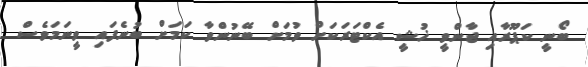
ބޯނީ ކަޕޫރާއި ޖާންވީ ޚުޝީ އެކްޓަރަކަށް ވުމަށް ބޭނުންވާ ކަމަށް ބުނެފައި ވީނަމަވެސް